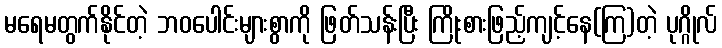
မရေမတွက်နိုင်တဲ့ ဘဝပေါင်းများစွာကို ဖြတ်သန်းပြီး ကြိုးစားဖြည့်ကျင့်နေ(ကြ)တဲ့ ပုဂ္ဂိုလ်